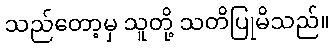
သည်တော့မှ သူတို့ သတိပြုမိသည်။